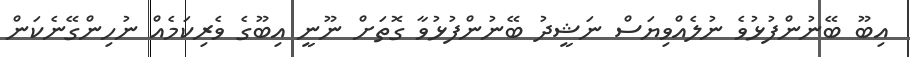
އިބޫ ބޭނުންފުޅުވެ ނުލެއްވިޔަސް ނަޝީދު ބޭނުންފުޅުވާ ގޮތަށް ނޫނީ އިބޫގެ ވެރިކަމެއް ނުހިންގޭނެކަން